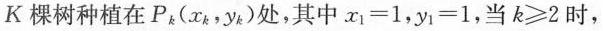
K棵树种植在p_{k}（x_{k}，y_{k}）处，其中$$x _ { 1 } = 1$$，$$y _ { 1 }